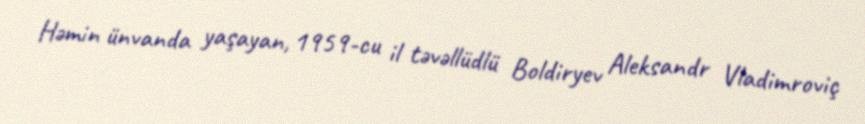
Həmin ünvanda yaşayan, 1959-cu il təvəllüdlü Boldiryev Aleksandr Vladimroviç